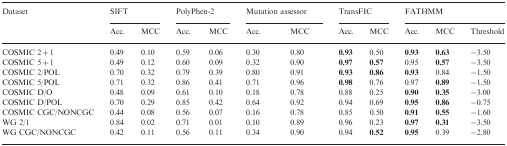
| <ROWSPAN=2> Dataset | <COLSPAN=2> SIFT | <COLSPAN=2> PolyPhen-2 | <COLSPAN=2> Mutation assessor | <COLSPAN=2> TransFIC | <COLSPAN=3> FATHMM |
 | Acc. | MCC | Acc. | MCC | Acc. | MCC | Acc. | MCC | Acc. | MCC | Threshold |
 | --- | --- | --- | --- | --- | --- | --- | --- | --- | --- | --- | --- |
 | COSMIC 2 + 1 | 0.49 | 0.10 | 0.59 | 0.06 | 0.30 | 0.80 | 0.93 | 0.50 | 0.93 | 0.63 | −3.50 |
 | COSMIC 5 + 1 | 0.49 | 0.12 | 0.60 | 0.09 | 0.32 | 0.90 | 0.97 | 0.57 | 0.95 | 0.57 | −3.50 |
 | COSMIC 2/POL | 0.70 | 0.32 | 0.79 | 0.39 | 0.80 | 0.91 | 0.93 | 0.86 | 0.93 | 0.84 | −1.50 |
 | COSMIC 5/POL | 0.71 | 0.32 | 0.86 | 0.41 | 0.71 | 0.96 | 0.98 | 0.76 | 0.97 | 0.89 | −1.50 |
 | COSMIC D/O | 0.48 | 0.09 | 0.61 | 0.10 | 0.18 | 0.78 | 0.88 | 0.25 | 0.90 | 0.35 | −3.00 |
 | COSMIC D/POL | 0.70 | 0.29 | 0.85 | 0.42 | 0.64 | 0.92 | 0.94 | 0.69 | 0.95 | 0.86 | −0.75 |
 | COSMIC CGC/NONCGC | 0.44 | 0.08 | 0.56 | 0.07 | 0.16 | 0.78 | 0.85 | 0.50 | 0.91 | 0.55 | −1.60 |
 | WG 2/1 | 0.84 | 0.02 | 0.71 | 0.01 | 0.10 | 0.89 | 0.96 | 0.23 | 0.97 | 0.31 | −3.50 |
 | WG CGC/NONCGC | 0.42 | 0.11 | 0.56 | 0.11 | 0.34 | 0.90 | 0.94 | 0.52 | 0.95 | 0.39 | −2.80 |